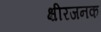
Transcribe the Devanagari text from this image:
क्षीरजनक